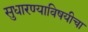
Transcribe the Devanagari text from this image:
सुधारण्याविषयीचा